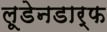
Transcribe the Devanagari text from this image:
लूडेनडार्फ